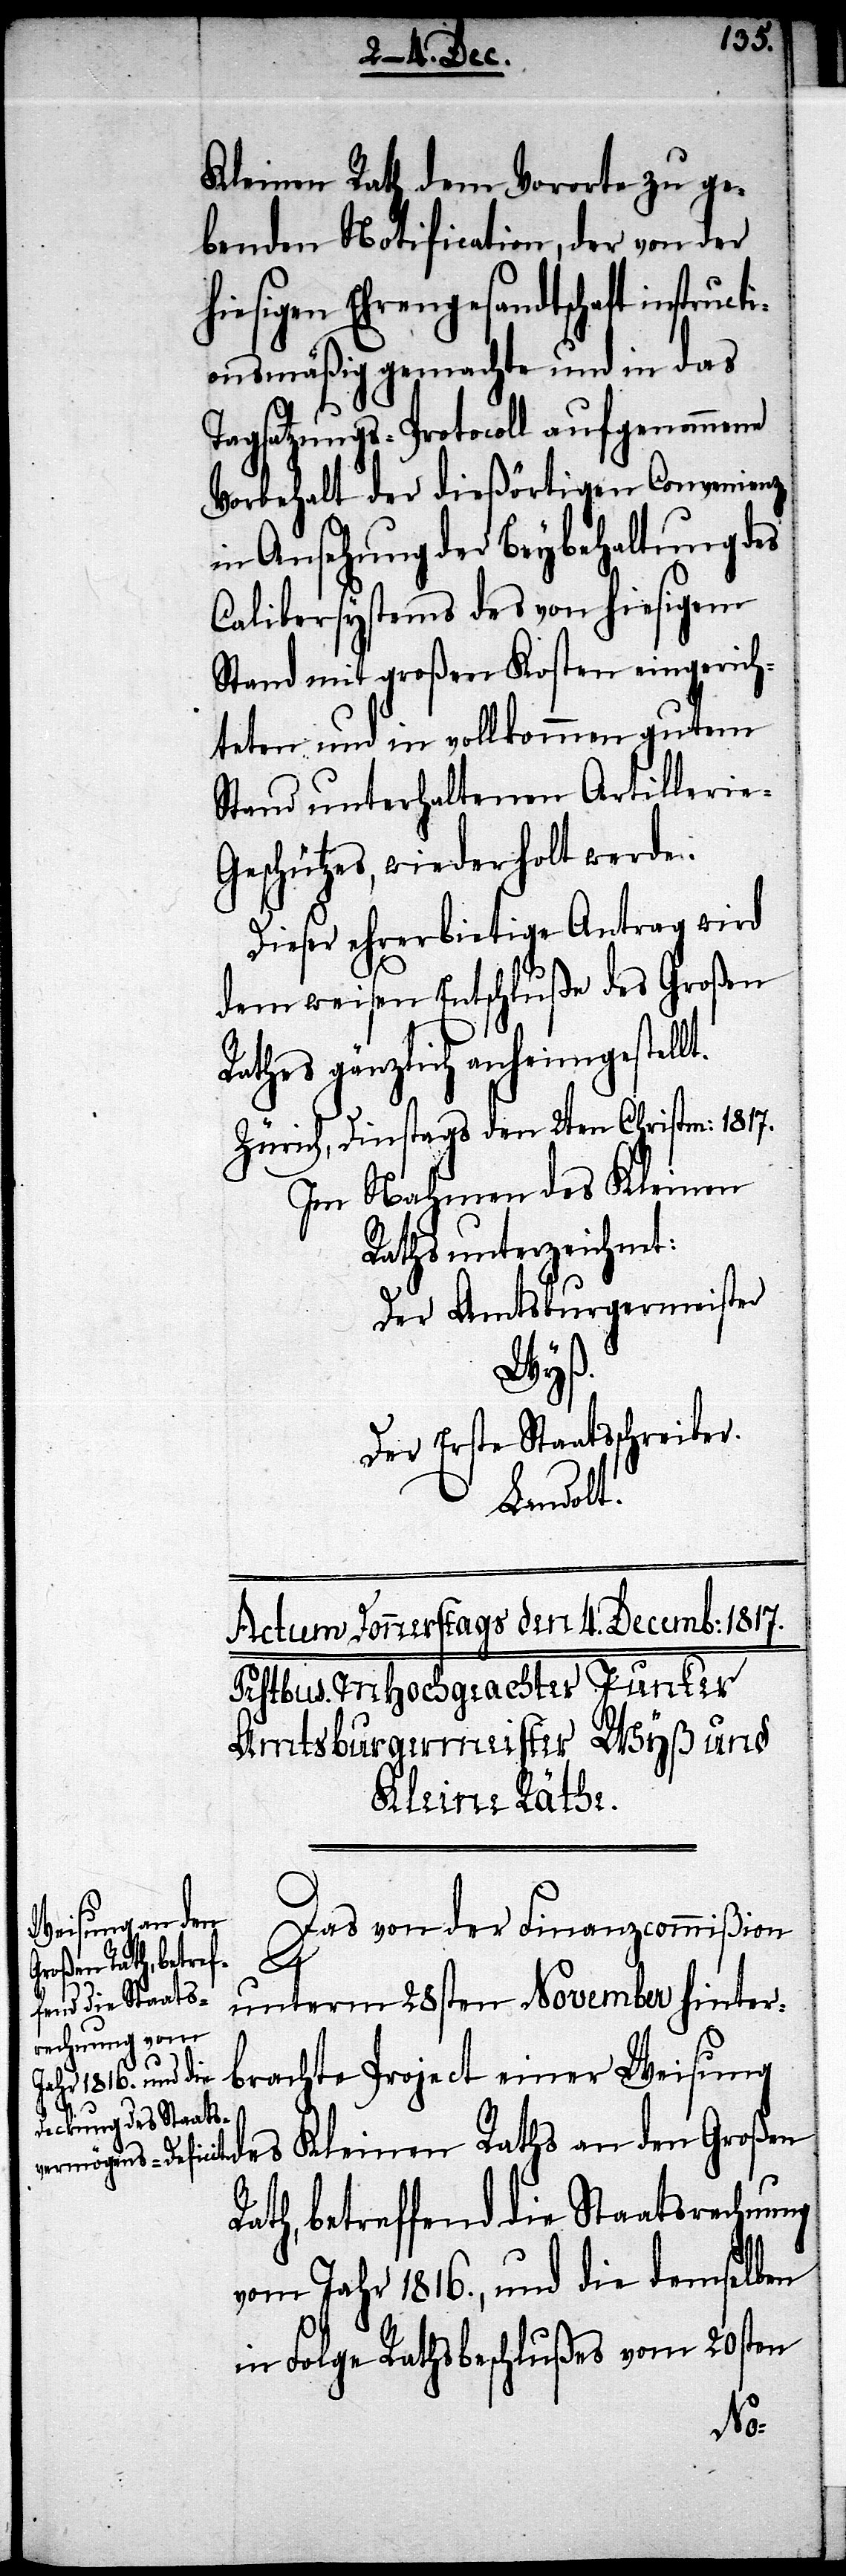
Kleinen Rath dem Vororte zu ge¬
benden Notification, der von der
hiesigen Ehrengesandtschaft instruct¬
ionsmäßig gemachte und in das
Tagsatzungs-Protocoll aufgenommene
Vorbehalt der dießörtigen Convenienz
in Ansehung der Beybehaltung des
Calibersystems des von hiesigem
Stand mit großen Kosten eingerich¬
teten und in vollkommen gutem
Stand unterhaltenen Artillerie-G¬
eschützes, wiederholt werde.
Dieser ehrerbietige Antrag wird
dem weisen Entschluße des Großen
Rathes gänzlich anheimgestell¬
Zürich, Dinstags den 2ten Christenm: 1817.
Im Nahmen des Kleinen
Raths unterzeichnet:
Der Amtsbürgermeister
Wyß.
Der Erste Staatsschreiber
Landolt.
Das von der Finanzcommißion
t.
unterm 28sten November hinter¬
brachte Project einer Weisung
des Kleinen Raths an den Großen
Rath, betreffend die Staatsrechnung
vom Jahr 1816., und die demselben
in Folge Rathsbeschlußes vom 20sten